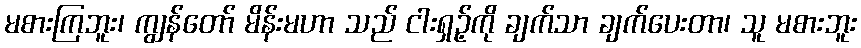
မစားကြဘူး၊ ကျွန်တော် မိန်းမဟာ သည် ငါးရှဉ့်ကို ချက်သာ ချက်ပေးတာ၊ သူ မစားဘူး